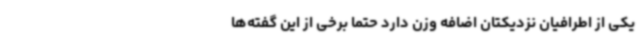
یکی از اطرافیان نزدیکتان اضافه وزن دارد حتماً برخی از این گفته‌ها